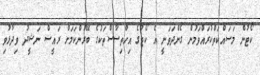
ކޯޓުން މަސައްކަތްކުރައްވަމުން ގެންދަވަނީ އެ ކޯޓުގެ އިހްތިސާސްތަކުގެ ބޭރުންކަމަށް ރައީސް ނަޝީދު ވިދާޅުވި